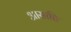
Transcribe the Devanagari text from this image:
आसाहि